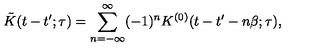
\tilde { K } ( t - t ^ { \prime } ; \tau ) = \sum _ { n = - \infty } ^ { \infty } ( - 1 ) ^ { n } K ^ { ( 0 ) } ( t - t ^ { \prime } - n \beta ; \tau ) ,